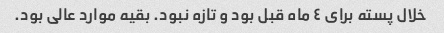
خلال پسته برای ٤ ماه قبل بود و تازه نبود. بقیه موارد عالی بود.